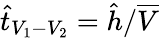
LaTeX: \hat{t}_{V_{1}-V_{2}}=\hat{h}/\overline{{V}}